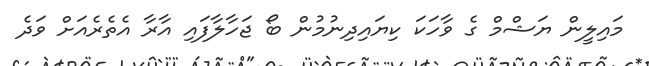
މައިލީން ޔަޝްމް ގެ ވާހަކަ ކިޔައިދިނުމުން ބޯ ޖަހާލާފައި އާރާ އެތެރެއަށް ވަދެ